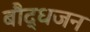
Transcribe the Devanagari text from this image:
बौद्धजन